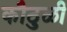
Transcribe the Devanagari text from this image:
कौठुळी